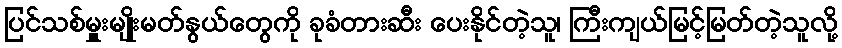
ပြင်သစ်မှူးမျိုးမတ်နွယ်တွေကို ခုခံတားဆီး ပေးနိုင်တဲ့သူ၊ ကြီးကျယ်မြင့်မြတ်တဲ့သူလို့